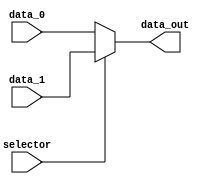
module mux_aluA (
    input  wire        selector,
    input  wire [31:0] data_0,
    input  wire [31:0] data_1,
    output wire [31:0] data_out
);

    assign data_out = (selector) ? data_1 : data_0;

endmodule